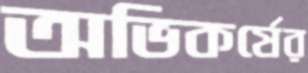
অভিকর্ষের